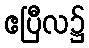
ဧပြီလ၌